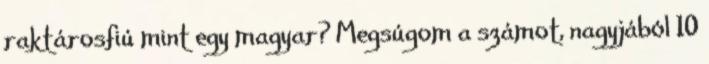
raktárosfiú mint egy magyar? Megsúgom a számot, nagyjából 10